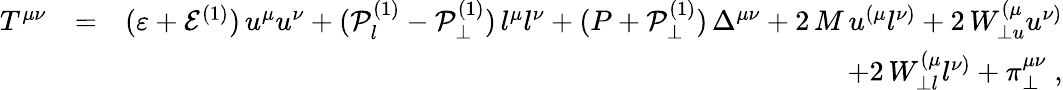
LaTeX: \begin{array}{rlr}{T^{\mu\nu}}&{=}&{(\varepsilon+\mathcal{E}^{(1)})\, u^{\mu}u^{\nu}+(\mathcal{P}_{l}^{(1)}-\mathcal{P}_{\perp}^{(1)})\, l^{\mu}l^{\nu}+(P+\mathcal{P}_{\perp}^{(1)})\, \Delta^{\mu\nu}+2\, M\, u^{\left(\mu\right.}l^{\left.\nu\right)}+2\, W_{\perp u}^{\left(\mu\right.}u^{\left.\nu\right)}}\\ &{}&{+2\, W_{\perp l}^{\left(\mu\right.}l^{\left.\nu\right)}+\pi_{\perp}^{\mu\nu}\; ,}\end{array}